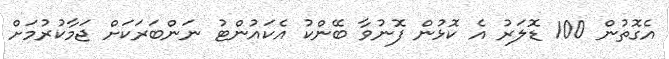
އެގޮތުން 100 ޑޮލަރު އެ ކޮޅުން ފޮނުވާ ބޭންކު އެކައުންޓު ނަންބަރަކަށް ޖަމާކުރުމަށް